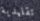
تقليدية